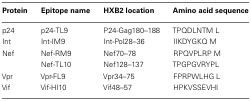
| Protein | Epitope name | HXB2 location | Amino acid sequence |
 | --- | --- | --- | --- |
 | p24 | p24-TL9 | P24-Gag180–188 | TPQDLNTM L |
 | Int | Int-IM9 | Int-Pol28–36 | IIKDYGKQ M |
 | Nef | Nef-RM9 | Nef70–78 | RPQVPLRP M |
 |  | Nef-TL10 | Nef128–137 | TPGPGVRYPL |
 | Vpr | Vpr-FL9 | Vpr34–75 | FPRPWLHG L |
 | Vif | Vif-HI10 | Vif48–57 | HPKVSSEVHI |